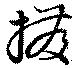
撥